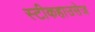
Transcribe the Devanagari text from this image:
स्टीकहाउसेज